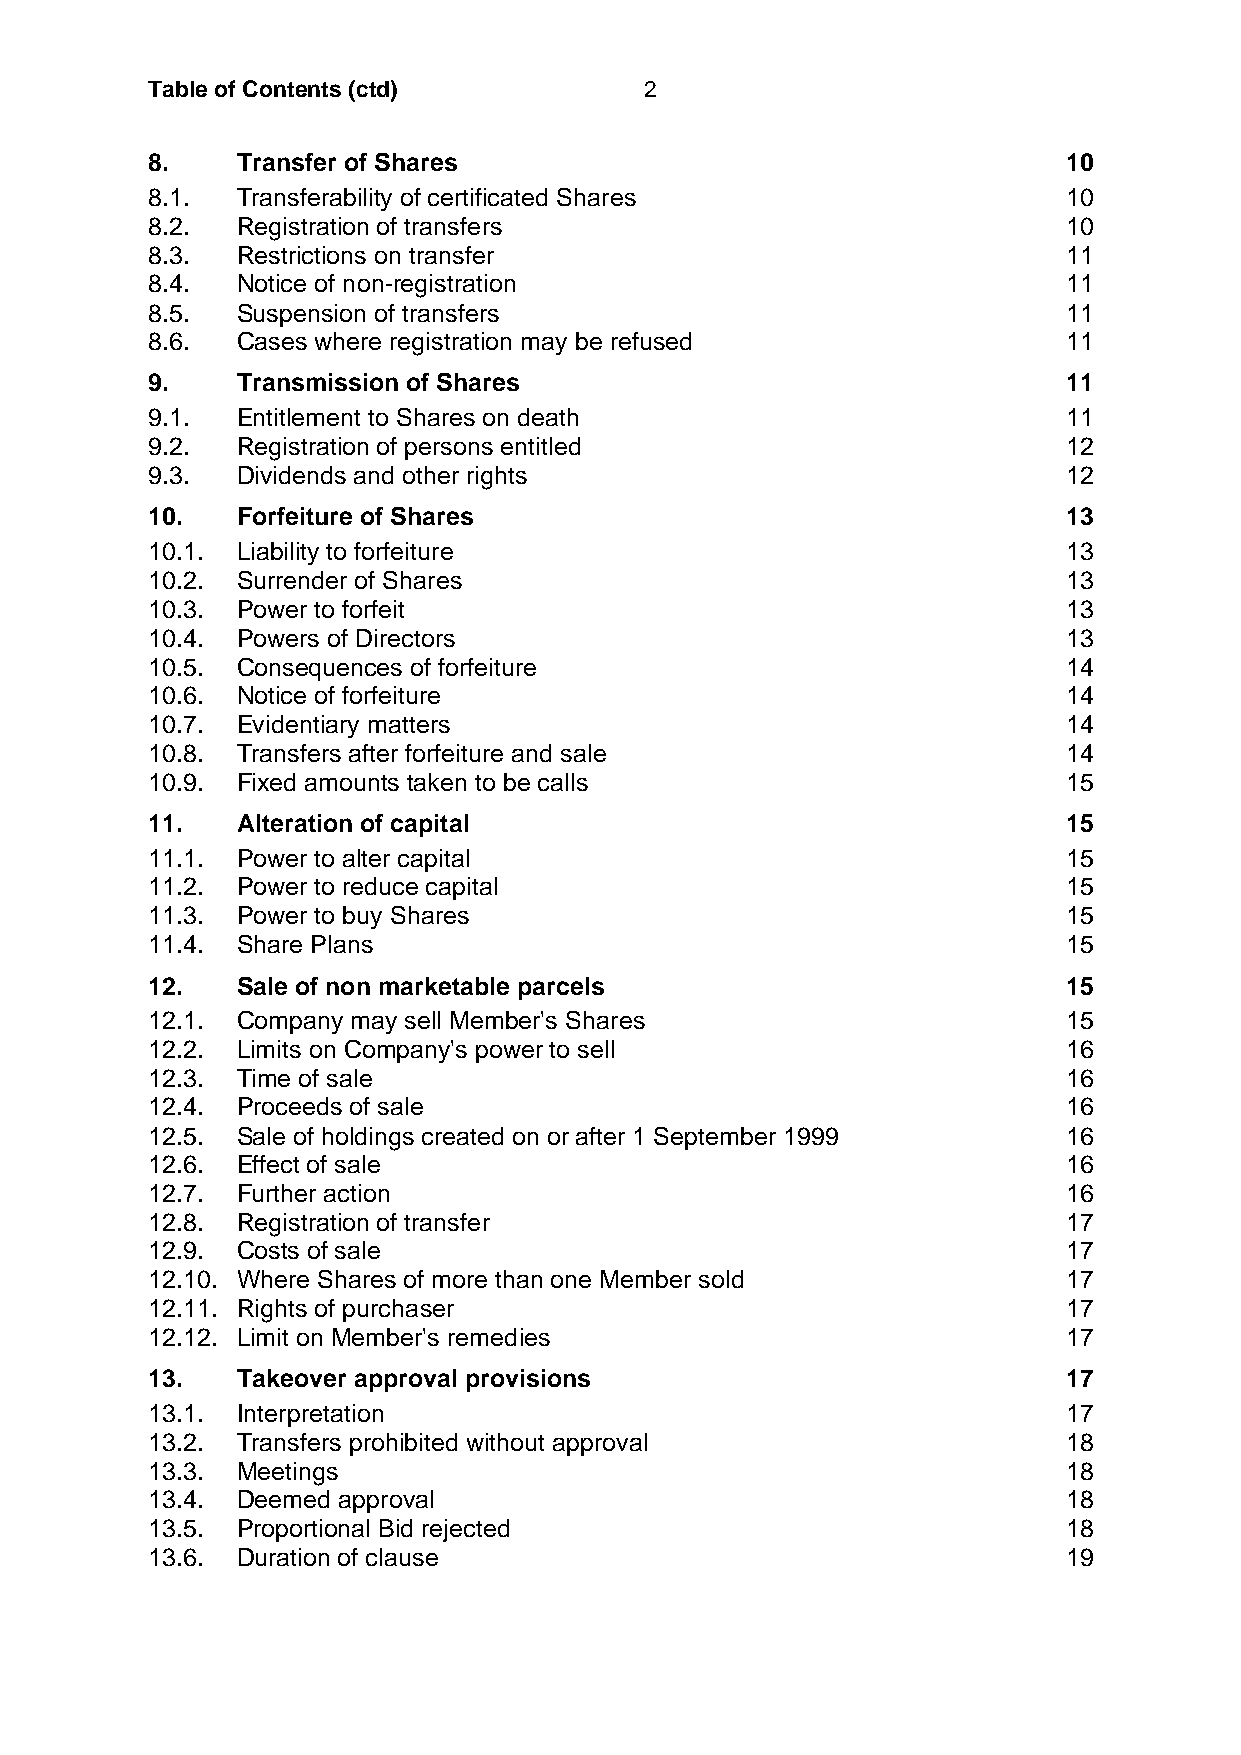
Table of Contents (ctd)          2
 8.    Transfer of Shares                                     10
 8.1.  Transferability of certificated Shares                 10
 8.2.  Registration of transfers                              10
 8.3.  Restrictions on transfer                               11
 8.4.  Notice of non-registration                             11
 8.5.  Suspension of transfers                                11
 8.6.  Cases where registration may be refused                11
 9.    Transmission of Shares                                 11
 9.1.  Entitlement to Shares on death                         11
 9.2.  Registration of persons entitled                       12
 9.3.  Dividends and other rights                             12
 10.   Forfeiture of Shares                                   13
 10.1. Liability to forfeiture                                13
 10.2. Surrender of Shares                                    13
 10.3. Power to forfeit                                       13
 10.4. Powers of Directors                                    13
 10.5. Consequences of forfeiture                             14
 10.6. Notice of forfeiture                                   14
 10.7. Evidentiary matters                                    14
 10.8. Transfers after forfeiture and sale                    14
 10.9. Fixed amounts taken to be calls                        15
 11.   Alteration of capital                                  15
 11.1. Power to alter capital                                 15
 11.2. Power to reduce capital                                15
 11.3. Power to buy Shares                                    15
 11.4. Share Plans                                            15
 12.   Sale of non marketable parcels                         15
 12.1. Company may sell Member's Shares                       15
 12.2. Limits on Company's power to sell                      16
 12.3. Time of sale                                           16
 12.4. Proceeds of sale                                       16
 12.5. Sale of holdings created on or after 1 September 1999  16
 12.6. Effect of sale                                         16
 12.7. Further action                                         16
 12.8. Registration of transfer                               17
 12.9. Costs of sale                                          17
 12.10. Where Shares of more than one Member sold             17
 12.11. Rights of purchaser                                   17
 12.12. Limit on Member's remedies                            17
 13.   Takeover approval provisions                           17
 13.1. Interpretation                                         17
 13.2. Transfers prohibited without approval                  18
 13.3. Meetings                                               18
 13.4. Deemed approval                                        18
 13.5. Proportional Bid rejected                              18
 13.6. Duration of clause                                     19